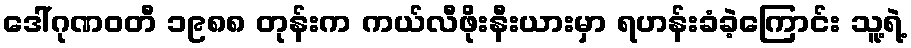
ဒေါ်ဂုဏဝတီ ၁၉၈၈ တုန်းက ကယ်လီဖိုးနီးယားမှာ ရဟန်းခံခဲ့ကြောင်း သူ့ရဲ့